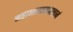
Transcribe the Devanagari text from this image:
महाभारतमाख्यानं